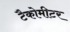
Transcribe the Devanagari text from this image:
टैकोमीटर